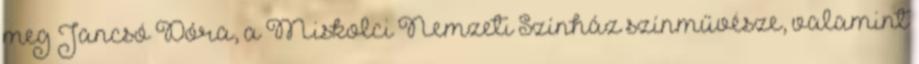
meg Jancsó Dóra, a Miskolci Nemzeti Színház színművésze, valamint